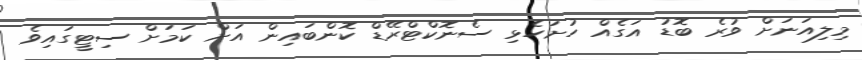
މިލިއަނަށް ވުރެ ބޮޑު އަގެއް ހުށަހެޅި ސެނޮކްޓްރޭޑް ކޮންބައިން އަށް ކަމަށް ސިޓީގައިވެ